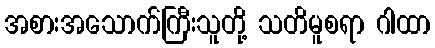
အစားအသောက်ကြီးသူတို့ သတိမူစရာ ဂါထာ